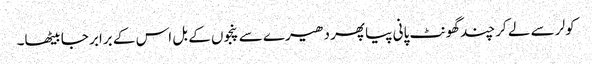
کولر سے لے کر چند گھونٹ پانی پیا پھر دھیرے سے پنجوں کے بل اس کے برابر جا بیٹھا۔